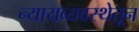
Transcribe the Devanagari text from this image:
न्यायव्यवस्थेतून